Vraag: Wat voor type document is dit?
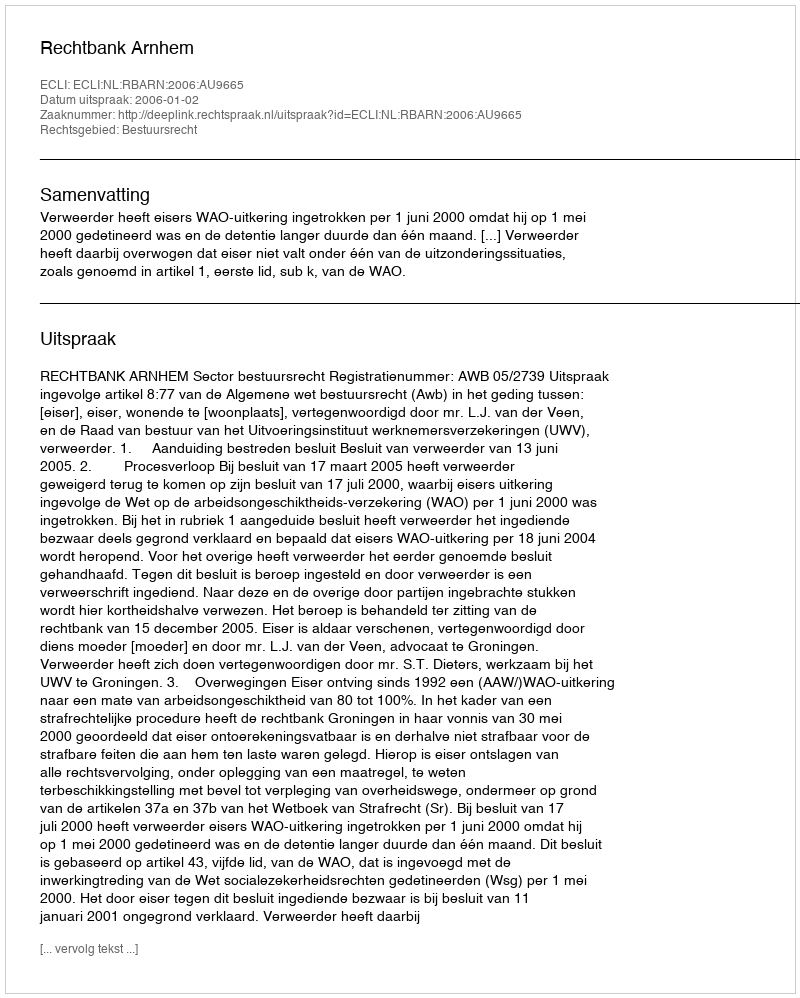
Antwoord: Uitspraak